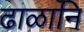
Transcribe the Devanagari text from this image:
ढाळानि